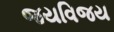
જયવિજય